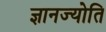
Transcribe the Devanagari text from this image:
ज्ञानज्योति